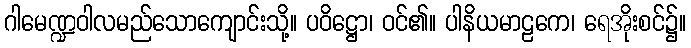
ဂါမေဏ္ဍဝါလမည်သောကျောင်းသို့။ ပဝိဋ္ဌော၊ ဝင်၏။ ပါနိယမာဠကေ၊ ရေအိုးစင်၌။